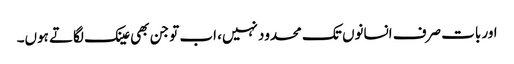
اور بات صرف انسانوں تک محدود نہیں، اب تو جن بھی عینک لگاتے ہوں۔